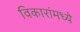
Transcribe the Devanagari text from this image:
विकारांमध्ये